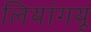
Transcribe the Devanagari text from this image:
लियांगयू